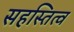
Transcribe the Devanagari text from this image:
सहस्तित्व